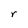
Character: r